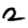
Digit: 2